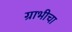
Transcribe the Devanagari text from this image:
ग्राभीचा